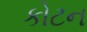
કોટન